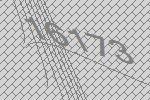
16173